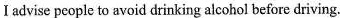
I advise people to avoid drinking alcohol before driving.